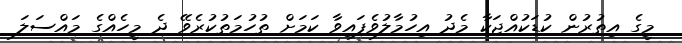
މީގެ އިތުރުން ކުޑަކުއްޖަކާ މެދު އިހުމާލުވެފައިވާ ކަމަށް ތުހުމަތުކުރެވޭ ދެ މީހެއްގެ މައްސަލަ